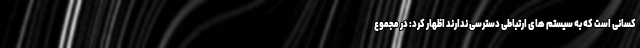
کسانی است که به سیستم های ارتباطی دسترسی ندارند اظهار کرد: در مجموع